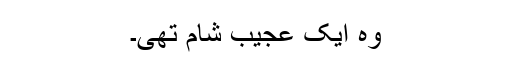
وہ ایک عجیب شام تھی۔